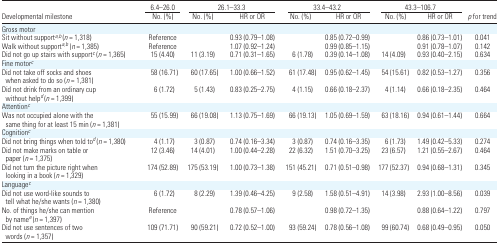
<table><thead><tr><td></td><td><b>6.4–26.0</b></td><td colspan="2"><b>26.1–33.3</b></td><td colspan="2"><b>33.4–43.2</b></td><td colspan="2"><b>43.3–106.7</b></td><td></td></tr><tr><td><b>Developmental milestone</b></td><td><b>No. (%)</b></td><td><b>No. (%)</b></td><td><b>HR or OR</b></td><td><b>No. (%)</b></td><td><b>HR or OR</b></td><td><b>No. (%)</b></td><td><b>HR or OR</b></td><td><b><i>p</i> for trend</b></td></tr></thead><tbody><tr><td colspan="9">Gross motor</td></tr><tr><td>Sit without supporta,b (<i>n</i> = 1,318)</td><td>Reference</td><td></td><td>0.93 (0.79–1.08)</td><td></td><td>0.85 (0.72–0.99)</td><td></td><td>0.86 (0.73–1.01)</td><td>0.041</td></tr><tr><td>Walk without supporta,b (<i>n</i> = 1,385)</td><td>Reference</td><td></td><td>1.07 (0.92–1.24)</td><td></td><td>0.99 (0.85–1.15)</td><td></td><td>0.91 (0.78–1.07)</td><td>0.142</td></tr><tr><td>Did not go up stairs with supportc (<i>n</i> = 1,365)</td><td>15 (4.40)</td><td>11 (3.19)</td><td>0.71 (0.31–1.65)</td><td>6 (1.78)</td><td>0.39 (0.14–1.08)</td><td>14 (4.09)</td><td>0.93 (0.40–2.15)</td><td>0.634</td></tr><tr><td colspan="9">Fine motorc</td></tr><tr><td>Did not take off socks and shoes when asked to do so (<i>n</i> = 1,381)</td><td>58 (16.71)</td><td>60 (17.65)</td><td>1.00 (0.66–1.52)</td><td>61 (17.48)</td><td>0.95 (0.62–1.45)</td><td>54 (15.61)</td><td>0.82 (0.53–1.27)</td><td>0.356</td></tr><tr><td>Did not drink from an ordinary cup without helpd (<i>n</i> = 1,399)</td><td>6 (1.72)</td><td>5 (1.43)</td><td>0.83 (0.25–2.75)</td><td>4 (1.15)</td><td>0.66 (0.18–2.37)</td><td>4 (1.14)</td><td>0.66 (0.18–2.35)</td><td>0.464</td></tr><tr><td colspan="9">Attentionc</td></tr><tr><td>Was not occupied alone with the same thing for at least 15 min (<i>n</i> = 1,381)</td><td>55 (15.99)</td><td>66 (19.08)</td><td>1.13 (0.75–1.69)</td><td>66 (19.13)</td><td>1.05 (0.69–1.59)</td><td>63 (18.16)</td><td>0.94 (0.61–1.44)</td><td>0.664</td></tr><tr><td colspan="9">Cognitionc</td></tr><tr><td>Did not bring things when told tod (<i>n</i> = 1,380)</td><td>4 (1.17)</td><td>3 (0.87)</td><td>0.74 (0.16–3.34)</td><td>3 (0.87)</td><td>0.74 (0.16–3.35)</td><td>6 (1.73)</td><td>1.49 (0.42–5.33)</td><td>0.274</td></tr><tr><td>Did not make marks on table or paper (<i>n</i> = 1,375)</td><td>12 (3.46)</td><td>14 (4.01)</td><td>1.00 (0.44–2.28)</td><td>22 (6.32)</td><td>1.51 (0.70–3.25)</td><td>23 (6.57)</td><td>1.21 (0.55–2.67)</td><td>0.464</td></tr><tr><td>Did not turn the picture right when looking in a book (<i>n</i> = 1,329)</td><td>174 (52.89)</td><td>175 (53.19)</td><td>1.00 (0.73–1.38)</td><td>151 (45.21)</td><td>0.71 (0.51–0.98)</td><td>177 (52.37)</td><td>0.94 (0.68–1.31)</td><td>0.345</td></tr><tr><td colspan="9">Languagec</td></tr><tr><td>Did not use word-like sounds to tell what he/she wants (<i>n</i> = 1,380)</td><td>6 (1.72)</td><td>8 (2.29)</td><td>1.39 (0.46–4.25)</td><td>9 (2.58)</td><td>1.58 (0.51–4.91)</td><td>14 (3.98)</td><td>2.93 (1.00–8.56)</td><td>0.039</td></tr><tr><td>No. of things he/she can mention by namee (<i>n</i> = 1,397)</td><td>Reference</td><td></td><td>0.78 (0.57–1.06)</td><td></td><td>0.98 (0.72–1.35)</td><td></td><td>0.88 (0.64–1.22)</td><td>0.797</td></tr><tr><td>Did not use sentences of two words (<i>n</i> = 1,357)</td><td>109 (71.71)</td><td>90 (59.21)</td><td>0.72 (0.52–1.00)</td><td>93 (59.24)</td><td>0.78 (0.56–1.08)</td><td>99 (60.74)</td><td>0.68 (0.49–0.95)</td><td>0.050</td></tr></tbody></table>